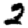
Digit: 2